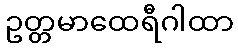
ဥတ္တမာထေရီဂါထာ